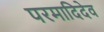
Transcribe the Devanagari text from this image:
परमादिदेव